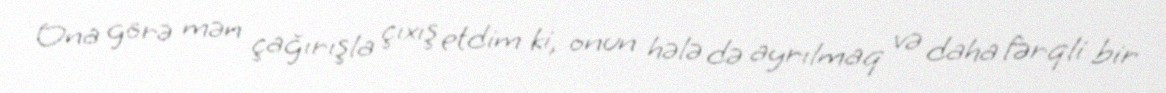
Ona görə mən çağırışla çıxış etdim ki, onun hələ də ayrılmaq və daha fərqli bir